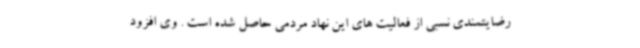
رضایتمندی نسبی از فعالیت های این نهاد مردمی حاصل شده است . وی افزود